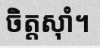
ចិត្តស៊ាំ។